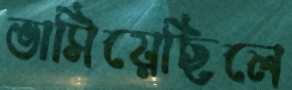
ভাসিয়েছিলে